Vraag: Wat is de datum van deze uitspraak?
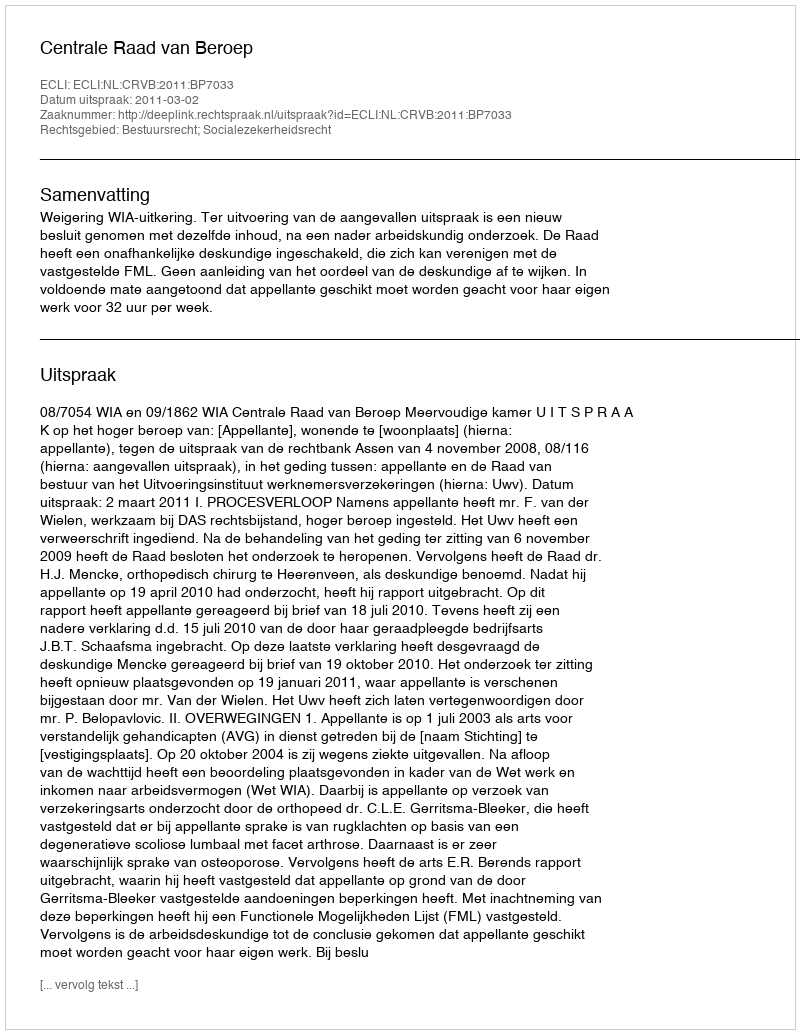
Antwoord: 2011-03-02